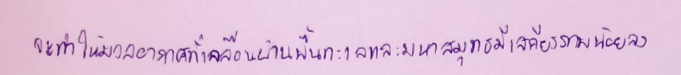
จะทำให้มวลอากาศที่เคลื่อนผ่านพื้นทะเลและมหาสมุทรมีเสถียรภาพน้อยลง